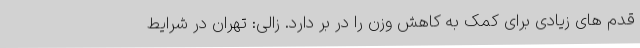
قدم های زیادی برای کمک به کاهش وزن را در بر دارد. زالی: تهران در شرایط